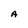
Character: A